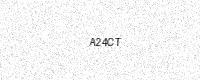
Text: A24CT